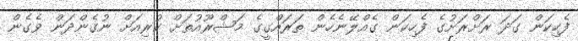
ފެހިކަން ގަދަ ރަށްރަށުގެ ފެހިކަން ގެއްލޭނެހެން ތަރައްގީގެ މަޝްރޫއުތަށް ކުރިއަށް ނުގެންދަން ވެގެން